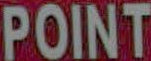
POINT